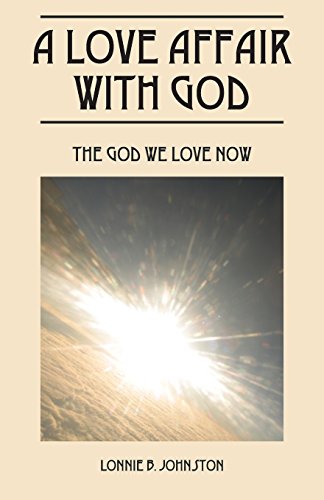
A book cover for A Love Affair With God: The God We Love Now; Lonnie B. Johnston; Christian Books & Bibles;